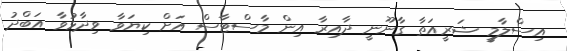
އިސްލާމީ ޝަރީއަތާ ގާނޫނީ ދާއިރާ އިން މާސްޓާސް އަށް ކިޔަވާ ވިދާޅުވާ އަބްދު